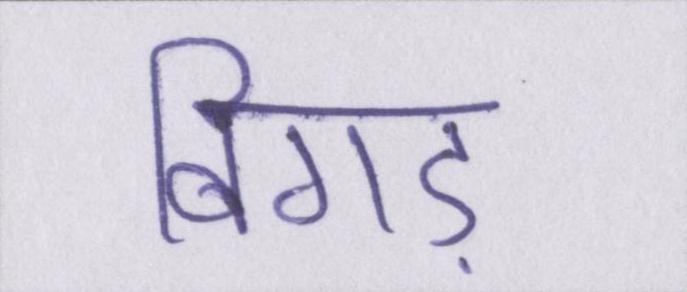
बिगड़